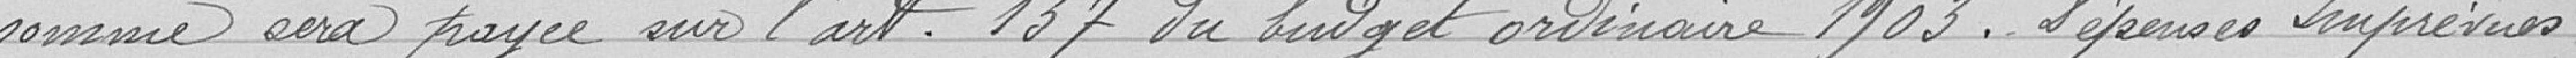
somme sera payée sur l'art. 137 du budget ordinaire 1903. Dépenses imprévues.